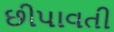
છીપાવતી